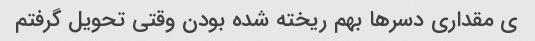
ی مقداری دسر‌ها بهم ریخته شده بودن وقتی تحویل گرفتم